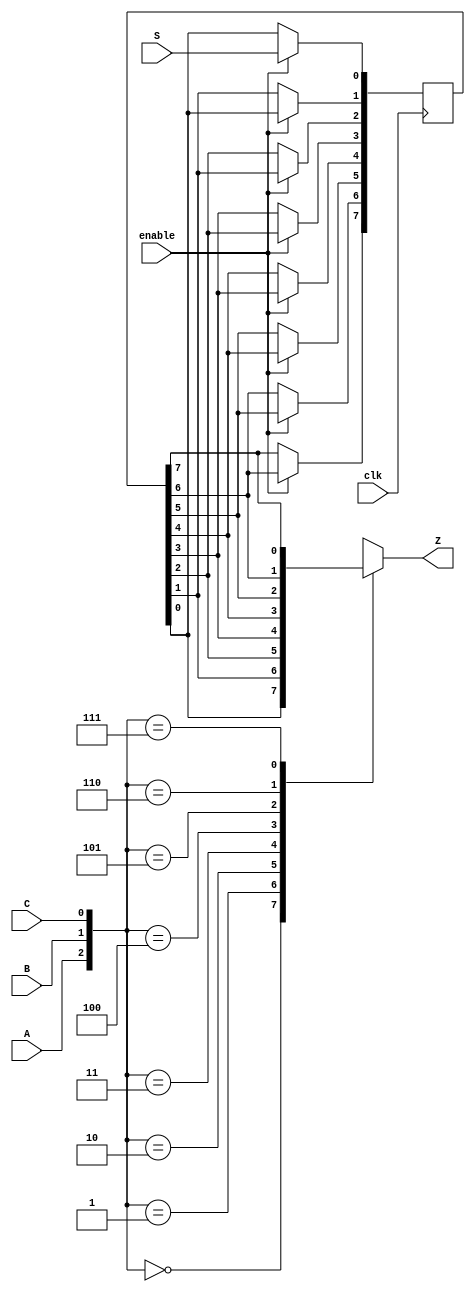
//question:https://hdlbits.01xz.net/wiki/Exams/ece241_2013_q12
module top_module (
    input clk,
    input enable,
    input S,
    input A, B, C,
    output reg Z ); 
    reg [7:0]Q;
    integer i;
    always@(posedge clk) begin
        if(enable) begin
            Q[0]<=S; 
            for (i=0;i<7;i=i+1)
                Q[i+1]<=Q[i];
        end
        else
            Q<=Q;
    end
    always@(*) begin
        case({A,B,C})
            3'h0:Z=Q[0];
            3'h1:Z=Q[1];
            3'h2:Z=Q[2];
            3'h3:Z=Q[3];
            3'h4:Z=Q[4];
            3'h5:Z=Q[5];
            3'h6:Z=Q[6];
            3'h7:Z=Q[7];
        endcase
    end
        
endmodule